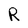
Character: R